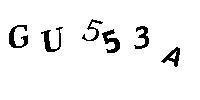
GU553A